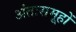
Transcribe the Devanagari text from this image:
अंतःसमूहों